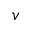
v